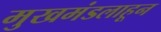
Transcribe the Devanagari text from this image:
मुखमंडलाहून